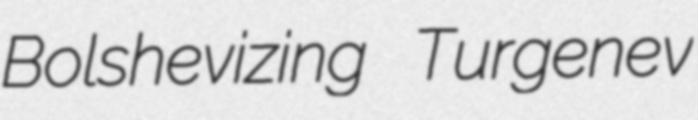
Bolshevizing Turgenev